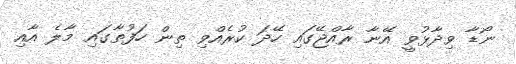
ނޯޑާ ވިދާޅުވީ އޭނާ ރާއްޖޭގައި ހޭދަ ކުރެއްވި ތިން ހަފުތާގައި މާލެ އާއި